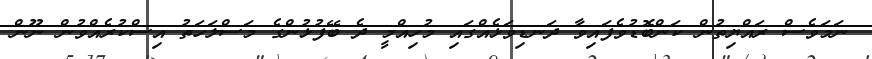
ނަމަވެސް ރައްޔިތުން ކަންބޮޑުވެފައިވާ ދަނޑިވަޅެއްގައި މުހިއްމީ ދެ ބޭފުޅުންގެ މަސްލަހަތު އިސްކުރެއްވުން ނޫން